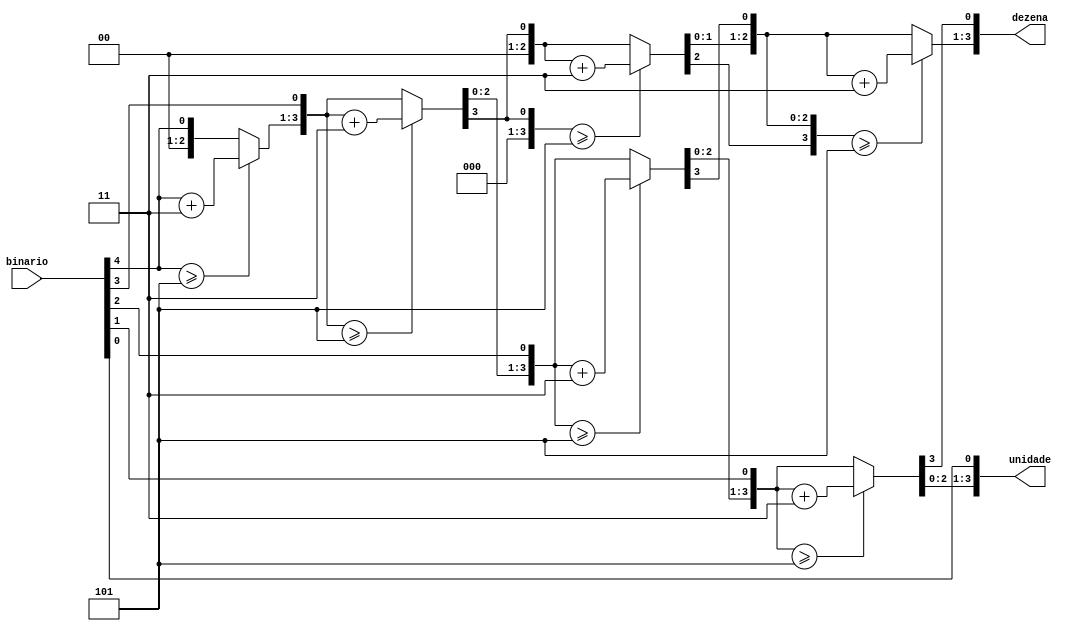
module binarioParaBCD2(binario, 
							 dezena,
							 unidade);
							 
//Entradas
   input  	  [4:0] binario;

//Saidas
   reg [3:0] centena;
   output reg [3:0] dezena;
   output reg [3:0] unidade;
   
//Variaveis locais
	integer i;
	reg 		  [20:0] deslocado;

//Logica sequencial
	always @ (binario)
		begin
			deslocado[20:9] = 0;
			deslocado[4:0] = binario;
			for (i = 0; i < 9; i = i +	1) begin
				if (deslocado[12:9] >= 5)
					deslocado[12:9] = deslocado[12:9] + 3;
				if (deslocado[16:13] >= 5)
						deslocado[16:13] = deslocado[16:13] + 3;
					if (deslocado[20:17] >= 5)
					deslocado[20:17] = deslocado[20:17] + 3;
					deslocado = deslocado << 1;
			end
			centena <= deslocado[20:17];
			dezena <= deslocado[16:13];
			unidade <= deslocado[12:9];
		end
	
	endmodule